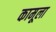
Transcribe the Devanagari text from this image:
कामूला